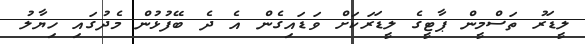
ލީޑަރު ތަސްމީން ޕާޓީގެ ލީޑަރަކަށް ވަޑައިގެން އެ ދެ ބޭފުޅުން މެދުގައި ހިޔާލު